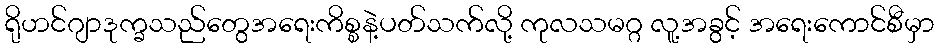
ရိုဟင်ဂျာဒုက္ခသည်တွေအရေးကိစ္စနဲ့ပတ်သက်လို့ ကုလသမဂ္ဂ လူ့အခွင့် အရေးကောင်စီမှာ